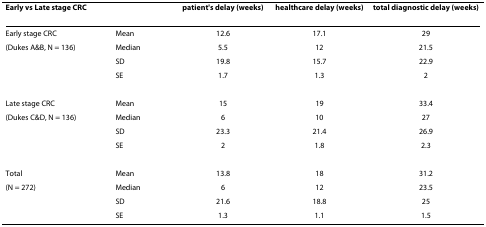
| Early vs Late stage CRC |  | patient's delay (weeks) | healthcare delay (weeks) | total diagnostic delay (weeks) |
 | --- | --- | --- | --- | --- |
 | Early stage CRC | Mean | 12.6 | 17.1 | 29 |
 | (Dukes A&B, N = 136) | Median | 5.5 | 12 | 21.5 |
 |  | SD | 19.8 | 15.7 | 22.9 |
 |  | SE | 1.7 | 1.3 | 2 |
 | Late stage CRC | Mean | 15 | 19 | 33.4 |
 | (Dukes C&D, N = 136) | Median | 6 | 10 | 27 |
 |  | SD | 23.3 | 21.4 | 26.9 |
 |  | SE | 2 | 1.8 | 2.3 |
 | Total | Mean | 13.8 | 18 | 31.2 |
 | (N = 272) | Median | 6 | 12 | 23.5 |
 |  | SD | 21.6 | 18.8 | 25 |
 |  | SE | 1.3 | 1.1 | 1.5 |